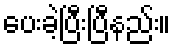
ပေးခဲ့ပြီးပြီနည်း။